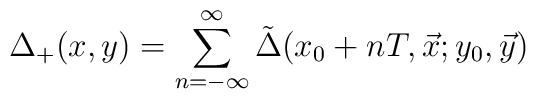
\Delta_+ (x,y)=\sum_{n=-\infty}^{\infty} \tilde{\Delta} (x_0+nT,\vec{x};  y_0,\vec{y})